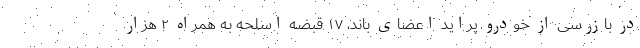
در بازرسی از خودرو پراید اعضای باند، ۱۷ قبضه اسلحه به همراه ۲ هزار